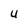
Character: U